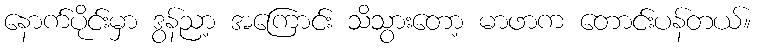
နောက်ပိုင်းမှာ ဒွန်ညာ့ အကြောင်း သိသွားတော့ မာဖာက တောင်းပန်တယ်။